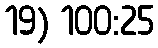
19) 100:25